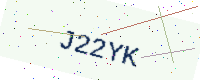
Text: J22YK